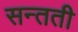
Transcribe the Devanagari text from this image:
सन्तती